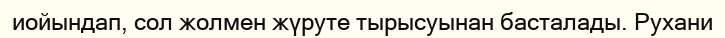
иойындап, сол жолмен жүруте тырысуынан басталады. Рухани